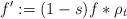
LaTeX: \begin{align*}f':=(1-s) f*\rho_t\end{align*}